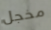
مخجل